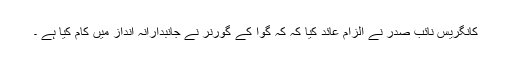
کانگریس نائب صدر نے الزام عائد کیا کہ کہ گوا کے گورنر نے جانبدارانہ انداز میں کام کیا ہے ۔